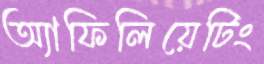
অ্যাফিলিয়েটিং